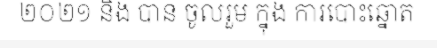
២០២១ និង បាន ចូលរួម ក្នុង ការបោះឆ្នោត